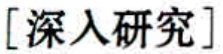
[深入研究]